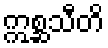
ဣစ္ဆသီတိ